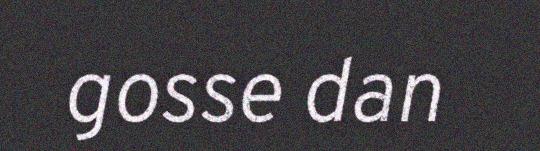
gosse dan